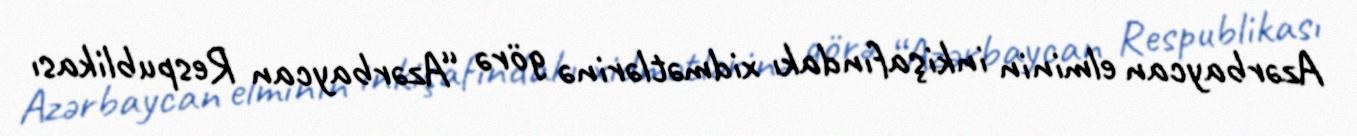
Azərbaycan elminin inkişafındakı xidmətlərinə görə “Azərbaycan Respublikası